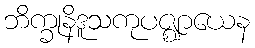
ဘိက္ခုနိဒူသကုပဇ္ဈာယေန